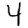
Digit: 4